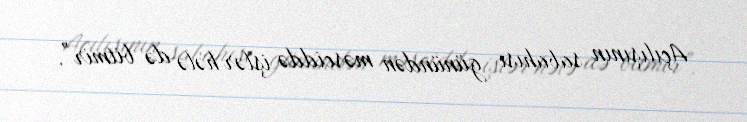
Açılışının sabahısı günündən məsciddə işlər hələ də bitmir”.